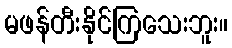
မဖန်တီးနိုင်ကြသေးဘူး။